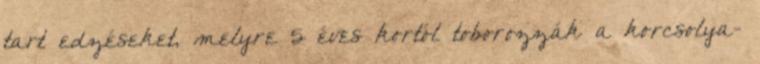
tart edzéseket, melyre 5 éves kortól toborozzák a korcsolya-